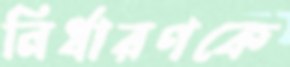
নির্ধারণকে